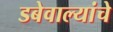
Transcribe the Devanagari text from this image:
डबेवाल्यांचे